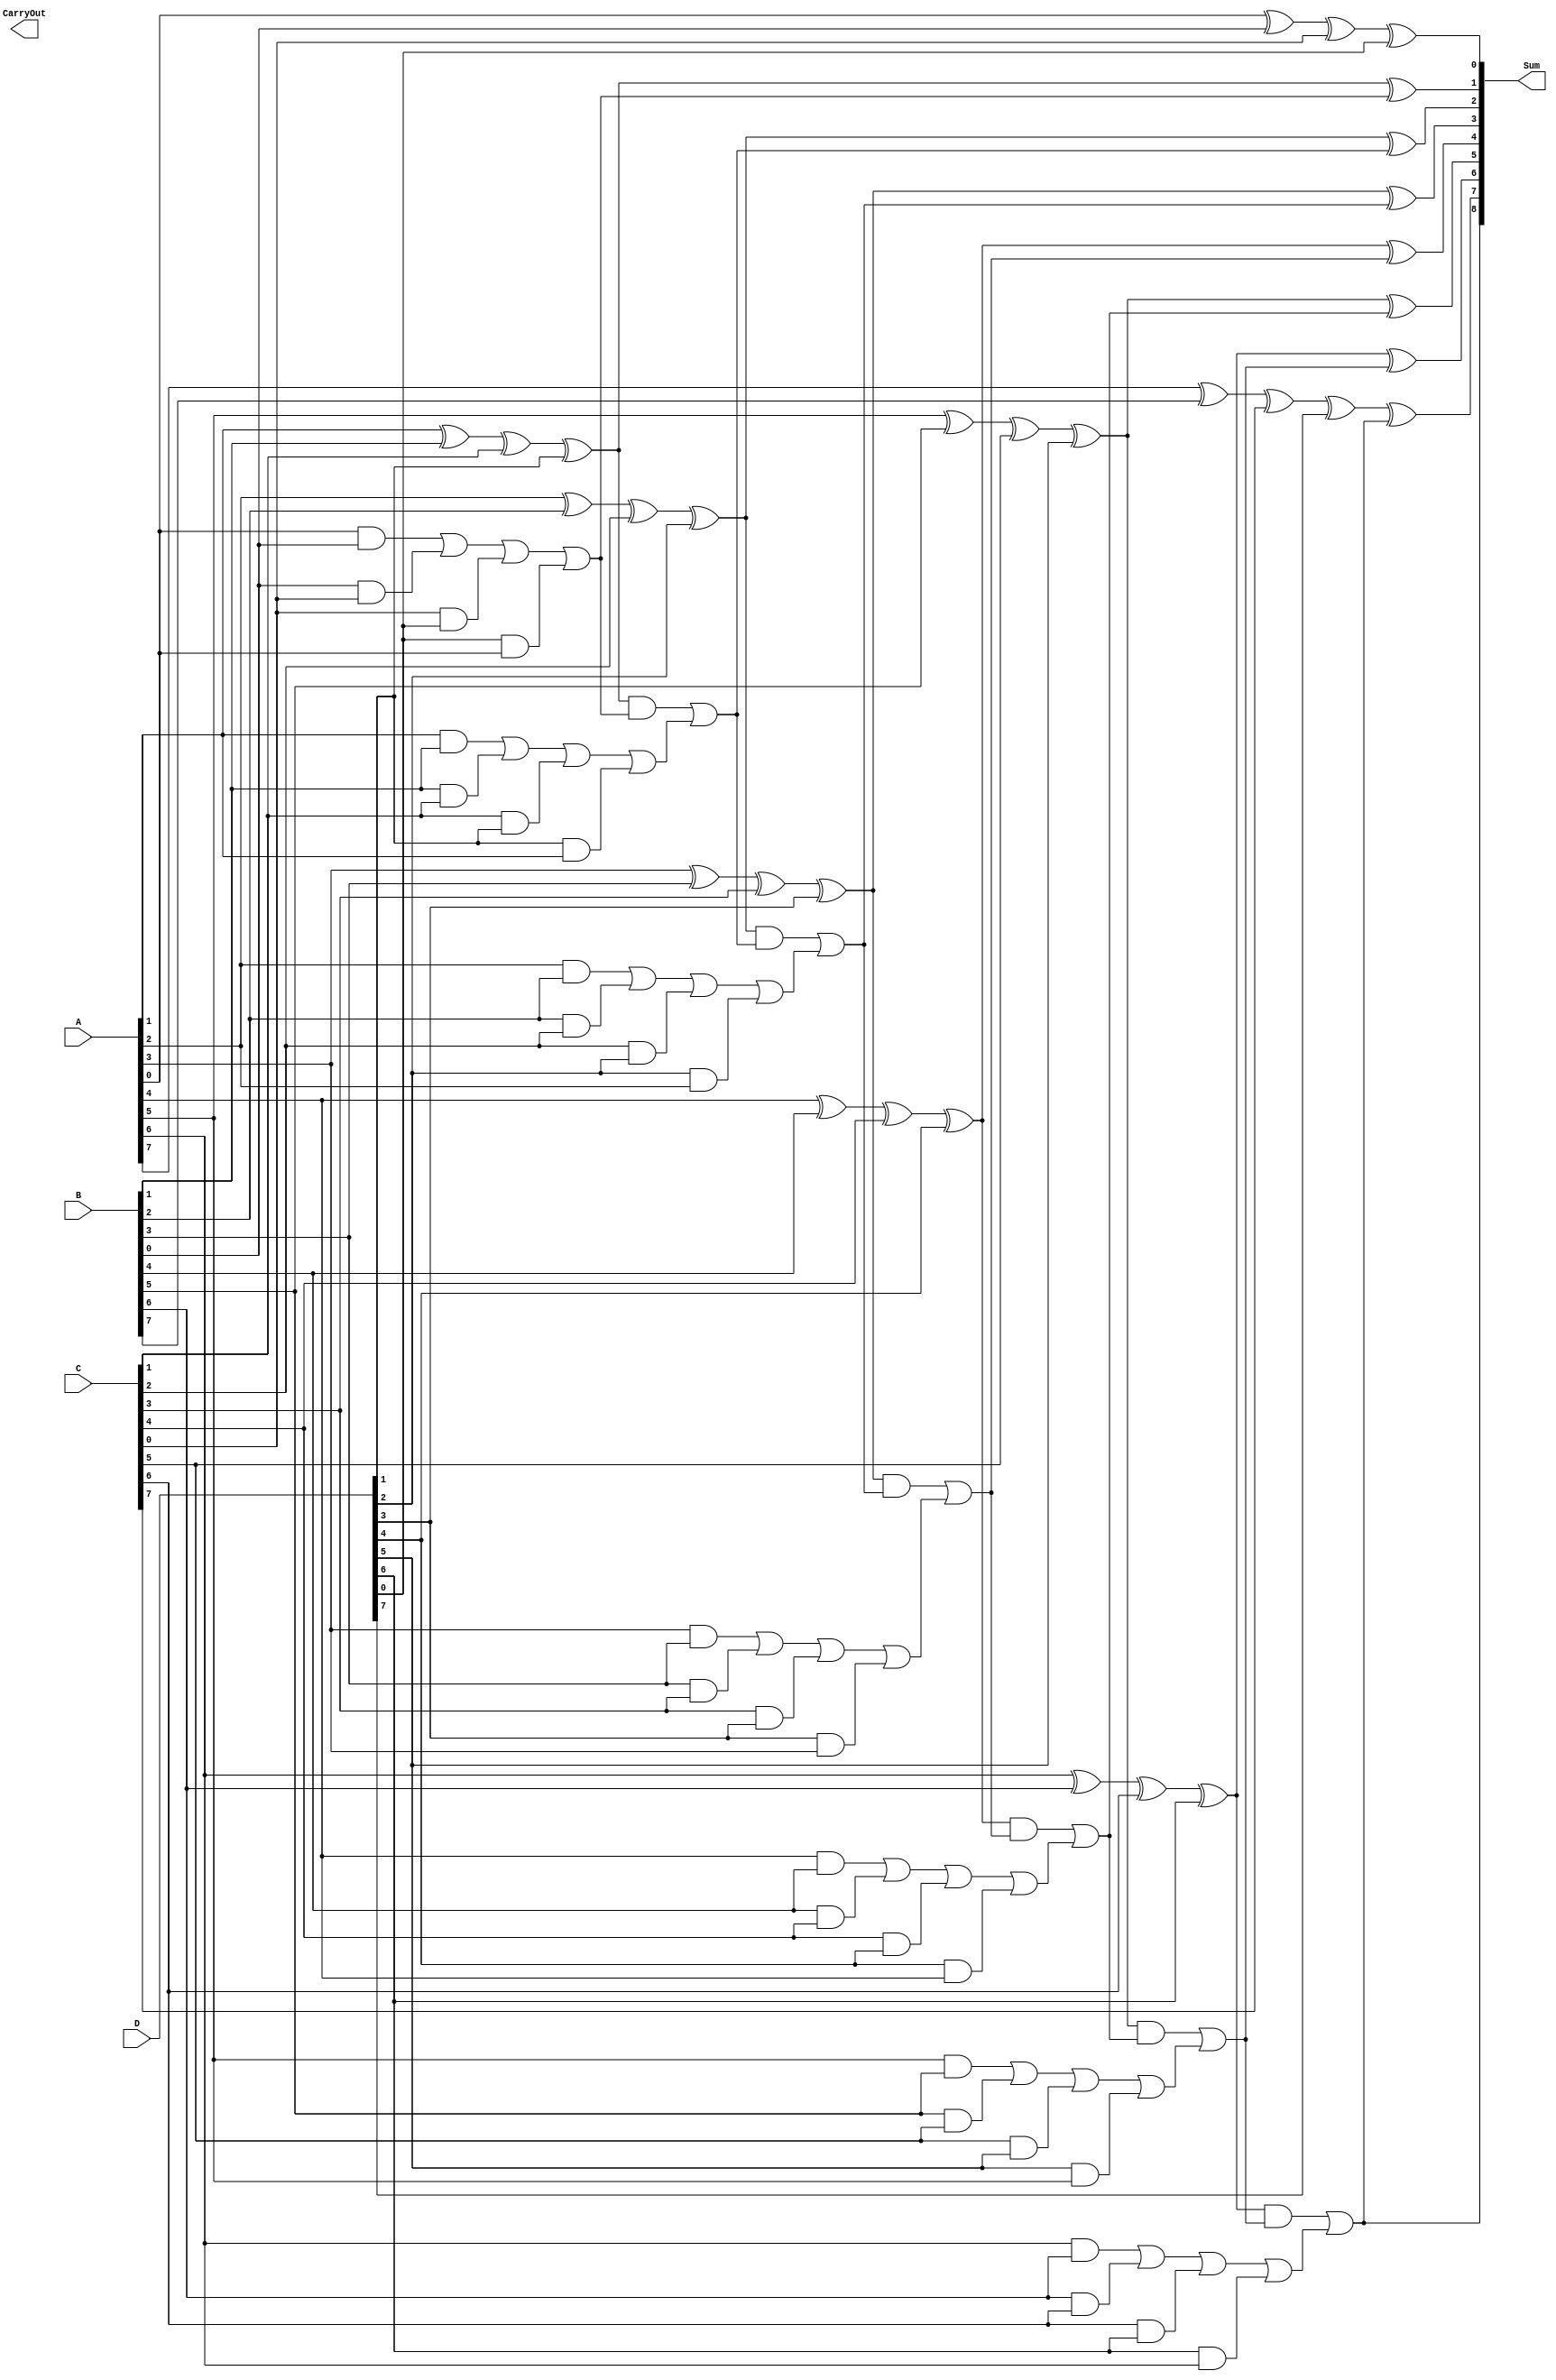
module carry_save_adder (
    input [N-1:0] A,     // First operand
    input [N-1:0] B,     // Second operand
    input [N-1:0] C,     // Third operand (additional inputs can be added)
    input [N-1:0] D,     // Fourth operand (if needed)
    output [N:0] Sum,    // Final sum output (N bits + carry out)
    output CarryOut      // Final carry out
);
    parameter N = 8; // Define bit width (can be modified)

    wire [N-1:0] SumCSA;     // Sum output from CSA
    wire [N-1:0] CarryCSA;   // Carry output from CSA

    // Carry Save Logic
    genvar i;
    generate
        for (i = 0; i < N; i = i + 1) begin: CSA
            assign SumCSA[i] = A[i] ^ B[i] ^ C[i] ^ D[i]; // Sum calculation
            assign CarryCSA[i] = (A[i] & B[i]) | (B[i] & C[i]) | (C[i] & D[i]) | (D[i] & A[i]); // Carry calculation
        end
    endgenerate

    // Adding carry bits to the CSA sum using a Ripple Carry Adder
    wire [N-1:0] RCA_Sum;       // Sum output from RCA
    wire [N-1:0] RCA_Carry;     // Intermediate carry bits
    assign RCA_Carry[0] = 0;     // No initial carry in for the least significant bit

    // Ripple Carry Adder logic
    generate
        for (i = 0; i < N; i = i + 1) begin: RCA
            assign RCA_Sum[i] = SumCSA[i] ^ RCA_Carry[i]; // Sum bits from CSA + carry
            if(i < N-1) begin
                assign RCA_Carry[i + 1] = (SumCSA[i] & RCA_Carry[i]) | CarryCSA[i]; // Carry propagation
            end
        end
    endgenerate
    
    // Final outputs
    assign Sum = {RCA_Carry[N-1], RCA_Sum}; // Concatenate final carry with sum
    assign CarryOut = RCA_Carry[N]; // Final carry out

endmodule